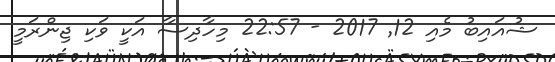
ޝުއައިބު މެއި 12